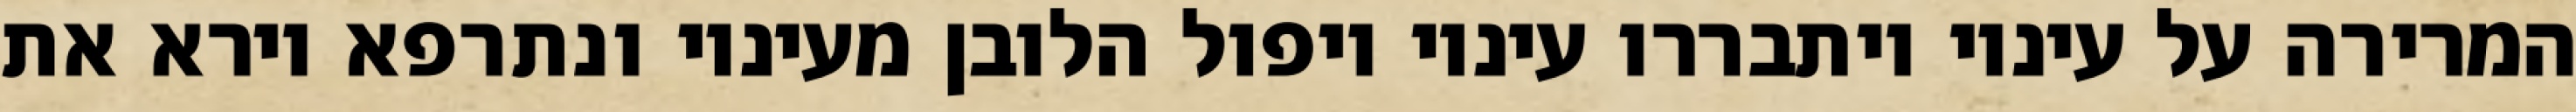
המרירה על עיניו ויתבררו עיניו ויפול הלובן מעיניו ונתרפא וירא את